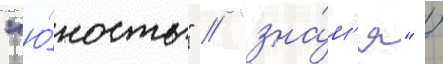
"ю́ность" / "зна́м'я" /